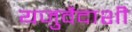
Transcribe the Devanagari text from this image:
यजुर्वेदाशी